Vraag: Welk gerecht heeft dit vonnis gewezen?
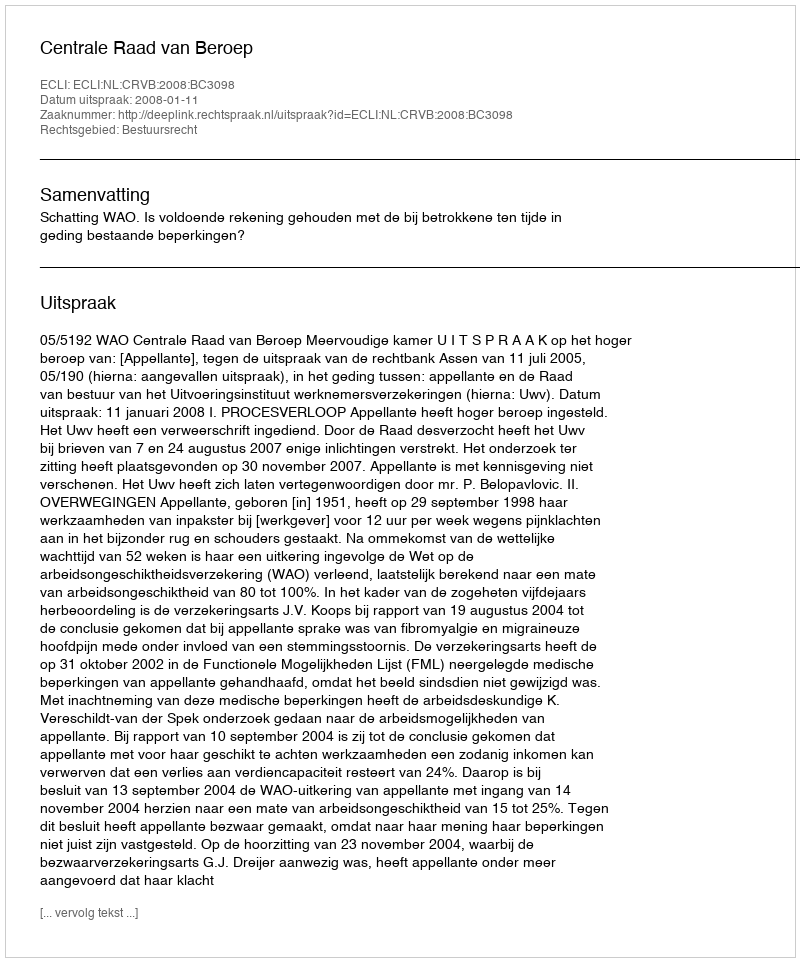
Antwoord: Centrale Raad van Beroep